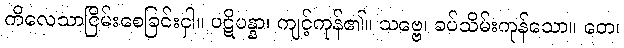
ကိလေသာငြိမ်းစေခြင်းငှါ။ ပဋိပန္နာ၊ ကျင့်ကုန်၏။ သဗ္ဗေ၊ ခပ်သိမ်းကုန်သော။ တေ၊